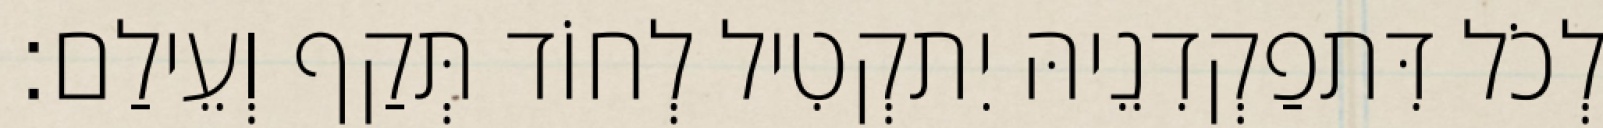
לְכֹל דִּתפַקְדִנֵיהּ יִתקְטִיל לְחוֹד תְּקַף וְעֵילַם׃